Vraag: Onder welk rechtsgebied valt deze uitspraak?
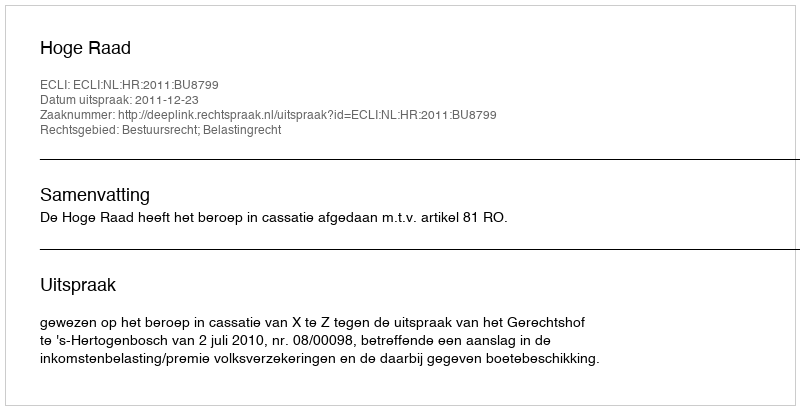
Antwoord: Bestuursrecht; Belastingrecht